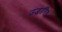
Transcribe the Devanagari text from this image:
उद्धारित